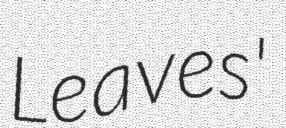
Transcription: Leaves'